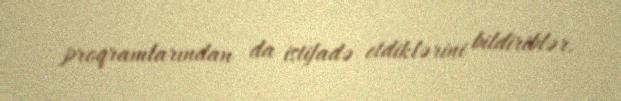
proqramlarından da istifadə etdiklərini bildiriblər.